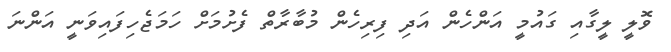
ވޮލީ ލީގާއި ގައުމީ އަންހެން އަދި ފިރިހެން މުބާރާތް ފެށުމަށް ހަމަޖެހިފައިވަނީ އަންނަ